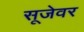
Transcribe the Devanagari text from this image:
सूजेवर